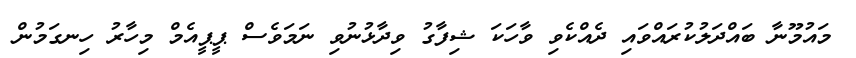
މައުމޫނާ ބައްދަލުކުރައްވައި ދެއްކެވި ވާހަކަ ޝިފާގު ވިދާޅުނުވި ނަމަވެސް ޕީޕީއެމް މިހާރު ހިނގަމުން